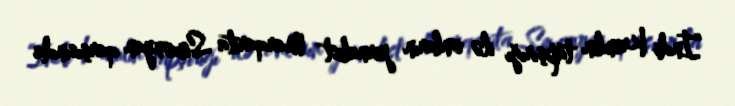
“İndi Kremlin tapşırığı ilə onların jurnalist Marqarita Simonyan qarşısında